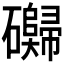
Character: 𰧬